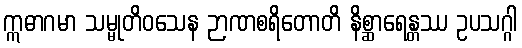
ဣဓာဂမာ သမ္မုတိဝသေန ဉာဏစရိတောတိ နိစ္ဆာရေန္တဿ ဥပသဂ္ဂါ